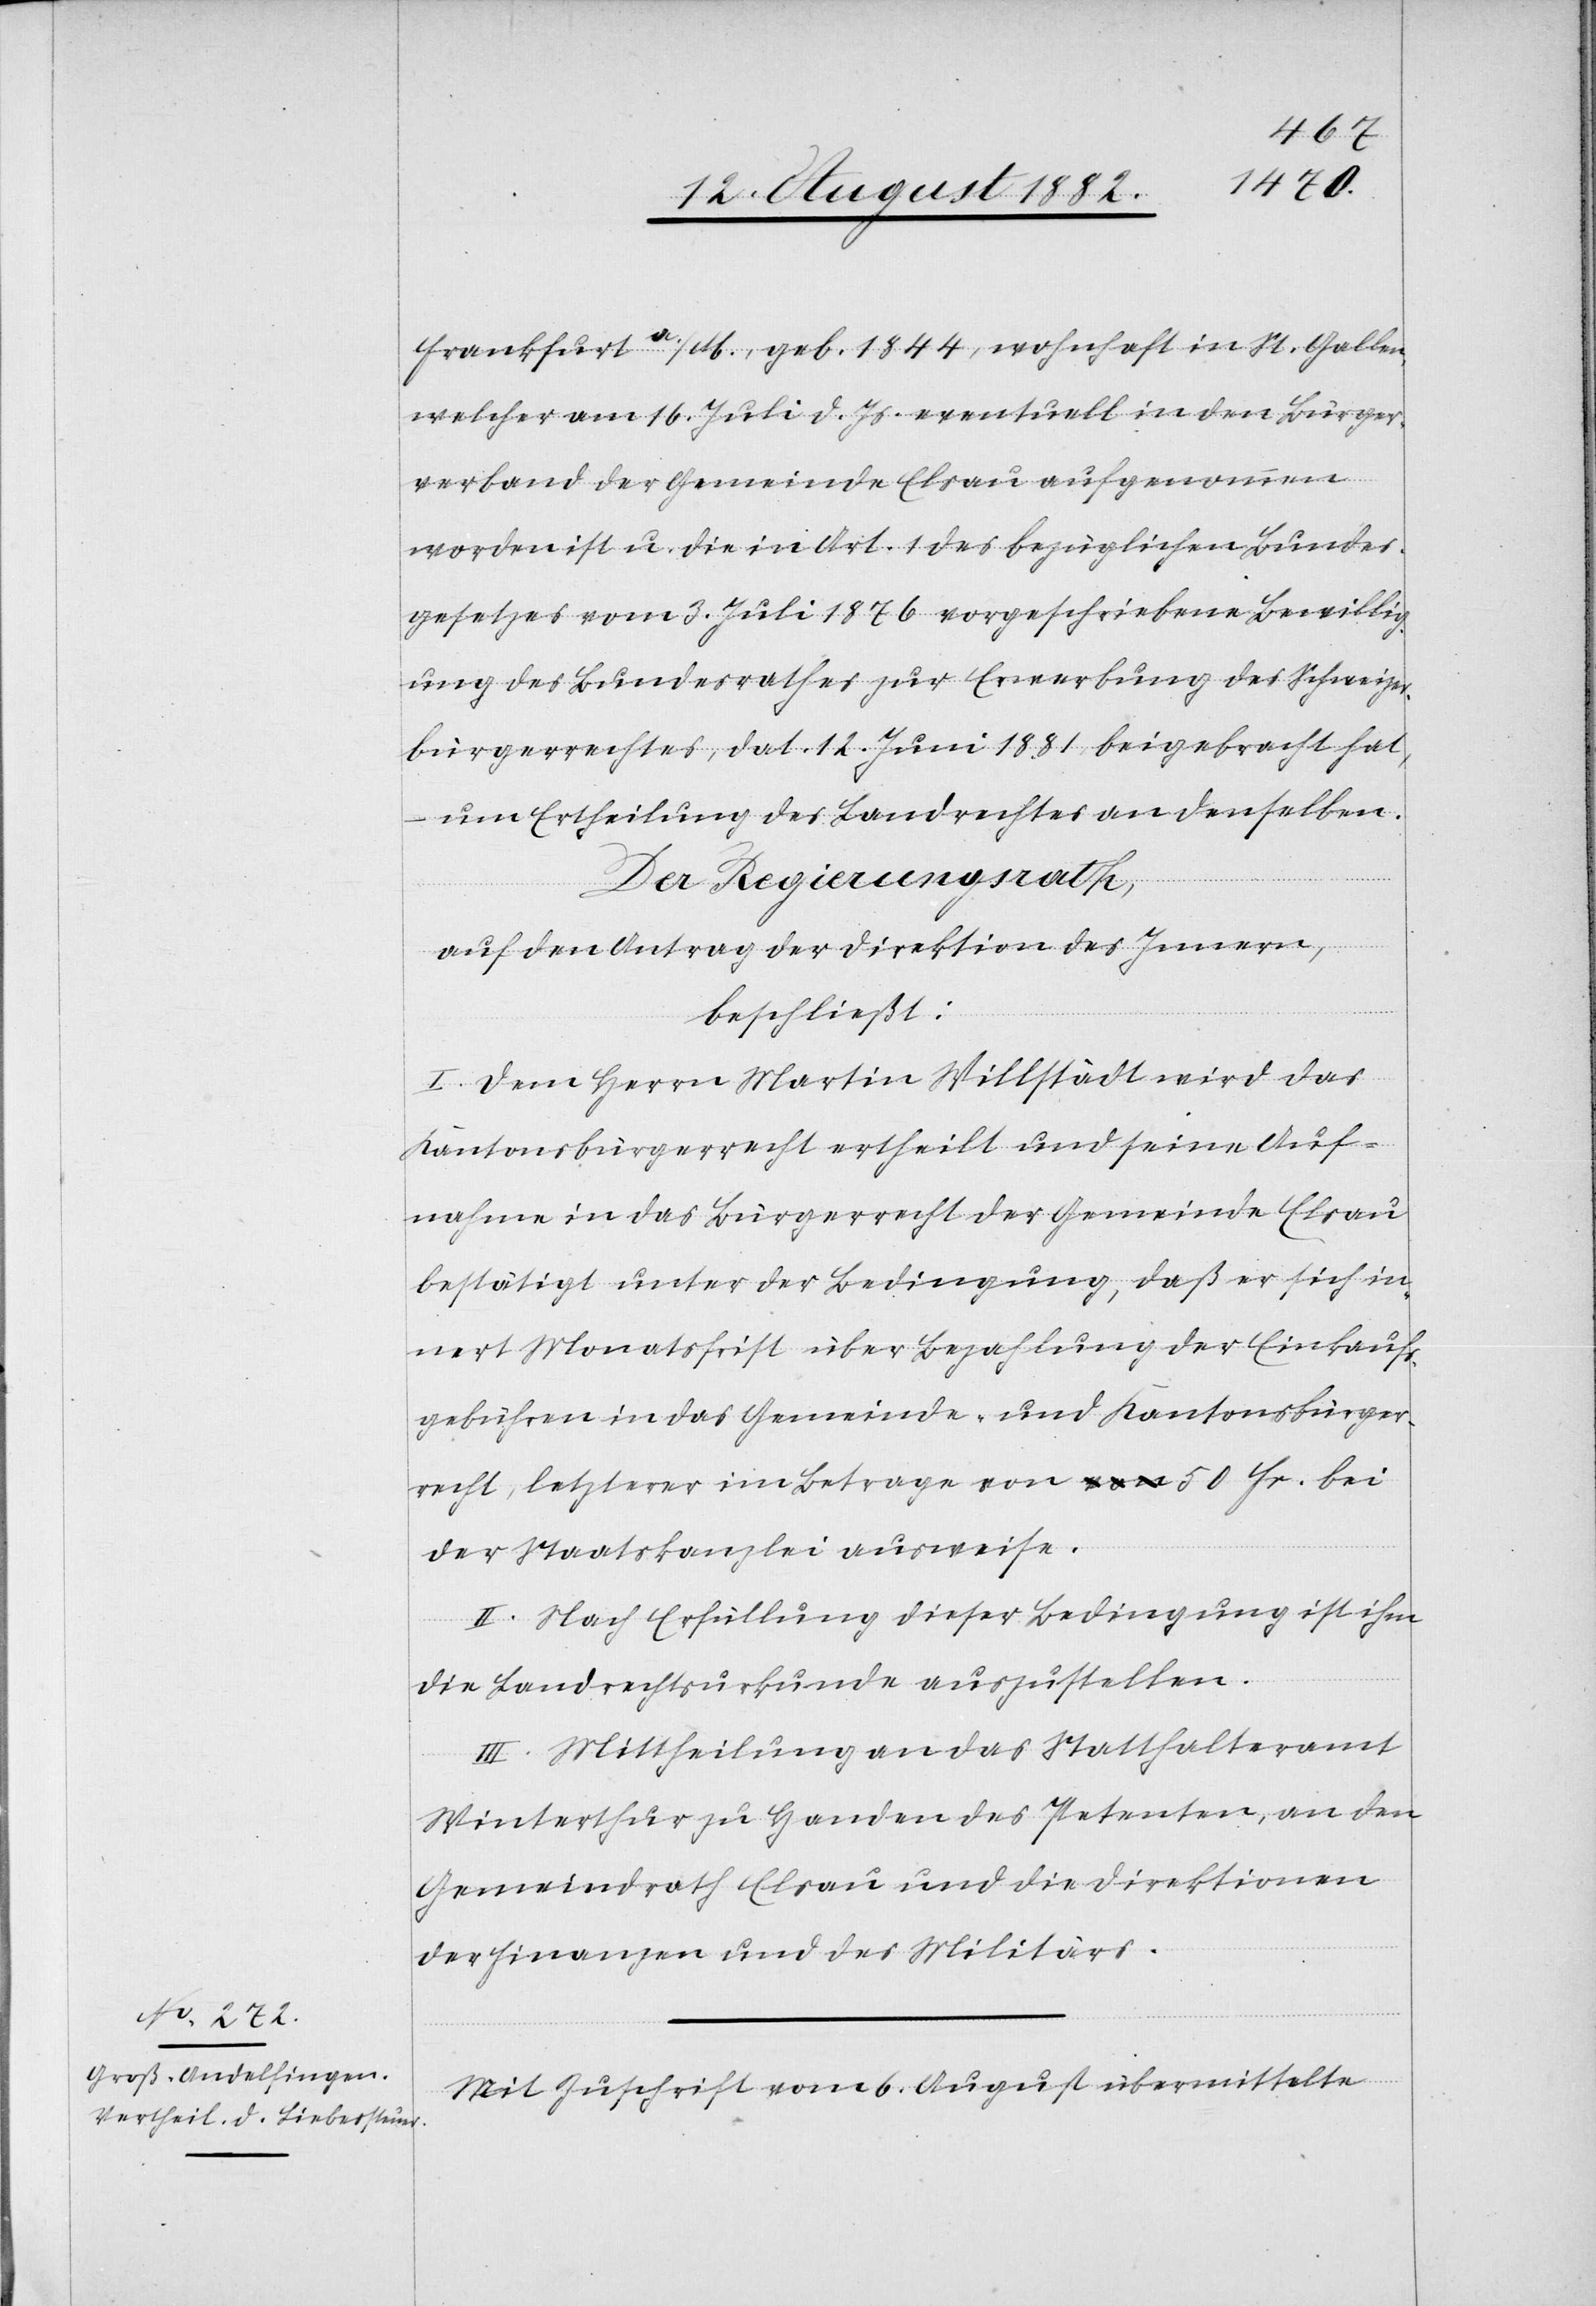
Frankfurt a./M., geb. 1844, wohnhaft in St. Gallen
welcher am 16. Juli d. Js. eventuell in den Bürger¬
verband der Gemeinde Elsau aufgenommen
worden ist u. die in Art. 1 des bezüglichen Bundes¬
gesetzes vom 3. Juli 1876 vorgeschriebene Bewillig¬
ung des Bundesrathes zur Erwerbung des Schweizer¬
bürgerrechtes, dat. 12. Juni 1881 beigebracht hat,
um Ertheilung des Landrechtes an denselben.
Der Regierungsrath;
auf den Antrag der Direktion des Innern,
beschließt:
I. Dem Herrn Martin Willstädt wird das
Kantonsbürgerrecht ertheilt und seine Auf¬
nahme in das Bürgerrecht der Gemeinde Elsau
bestätigt unter der Bedingung, daß er sich in¬
nert Monatsfrist über Bezahlung der Einkaufs¬
gebühren in das Gemeinde- und Kantonsbürger¬
recht, letzterer im Betrage von 50 Fr. bei
der Staatskanzlei ausweise.
II. Nach Erfüllung dieser Bedingung ist ihm
die Landrechtsurkunde auszustellen.
III. Mittheilung an das Statthalteramt
Winterthur zu Handen des Petenten, an den
Gemeindrath Elsau und die Direktionen
der Finanzen und des Militärs.
Mit Zuschrift vom 6. August übermittelte